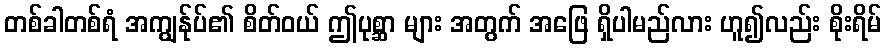
တစ်ခါတစ်ရံ အကျွန်ုပ်၏ စိတ်ဝယ် ဤပုစ္ဆာ များ အတွက် အဖြေ ရှိပါမည်လား ဟူ၍လည်း စိုးရိမ်